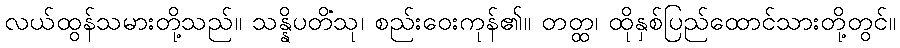
လယ်ထွန်သမားတို့သည်။ သန္နိပတိံသု၊ စည်းဝေးကုန်၏။ တတ္ထ၊ ထိုနှစ်ပြည်ထောင်သားတို့တွင်။